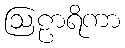
ဩဠာရိကာ